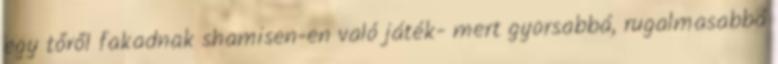
egy tőről fakadnak shamisen-en való játék- mert gyorsabbá, rugalmasabbá